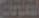
المعلومات